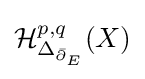
{\mathcal {H}}_{\Delta _{{\bar {\partial }}_{E}}}^{p,q}(X)